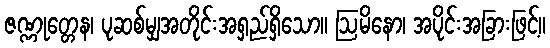
ဇဏ္ဏုတ္တေန၊ ပုဆစ်မျှအတိုင်းအရှည်ရှိသော။ ဩမိနော၊ အပိုင်းအခြားဖြင့်။